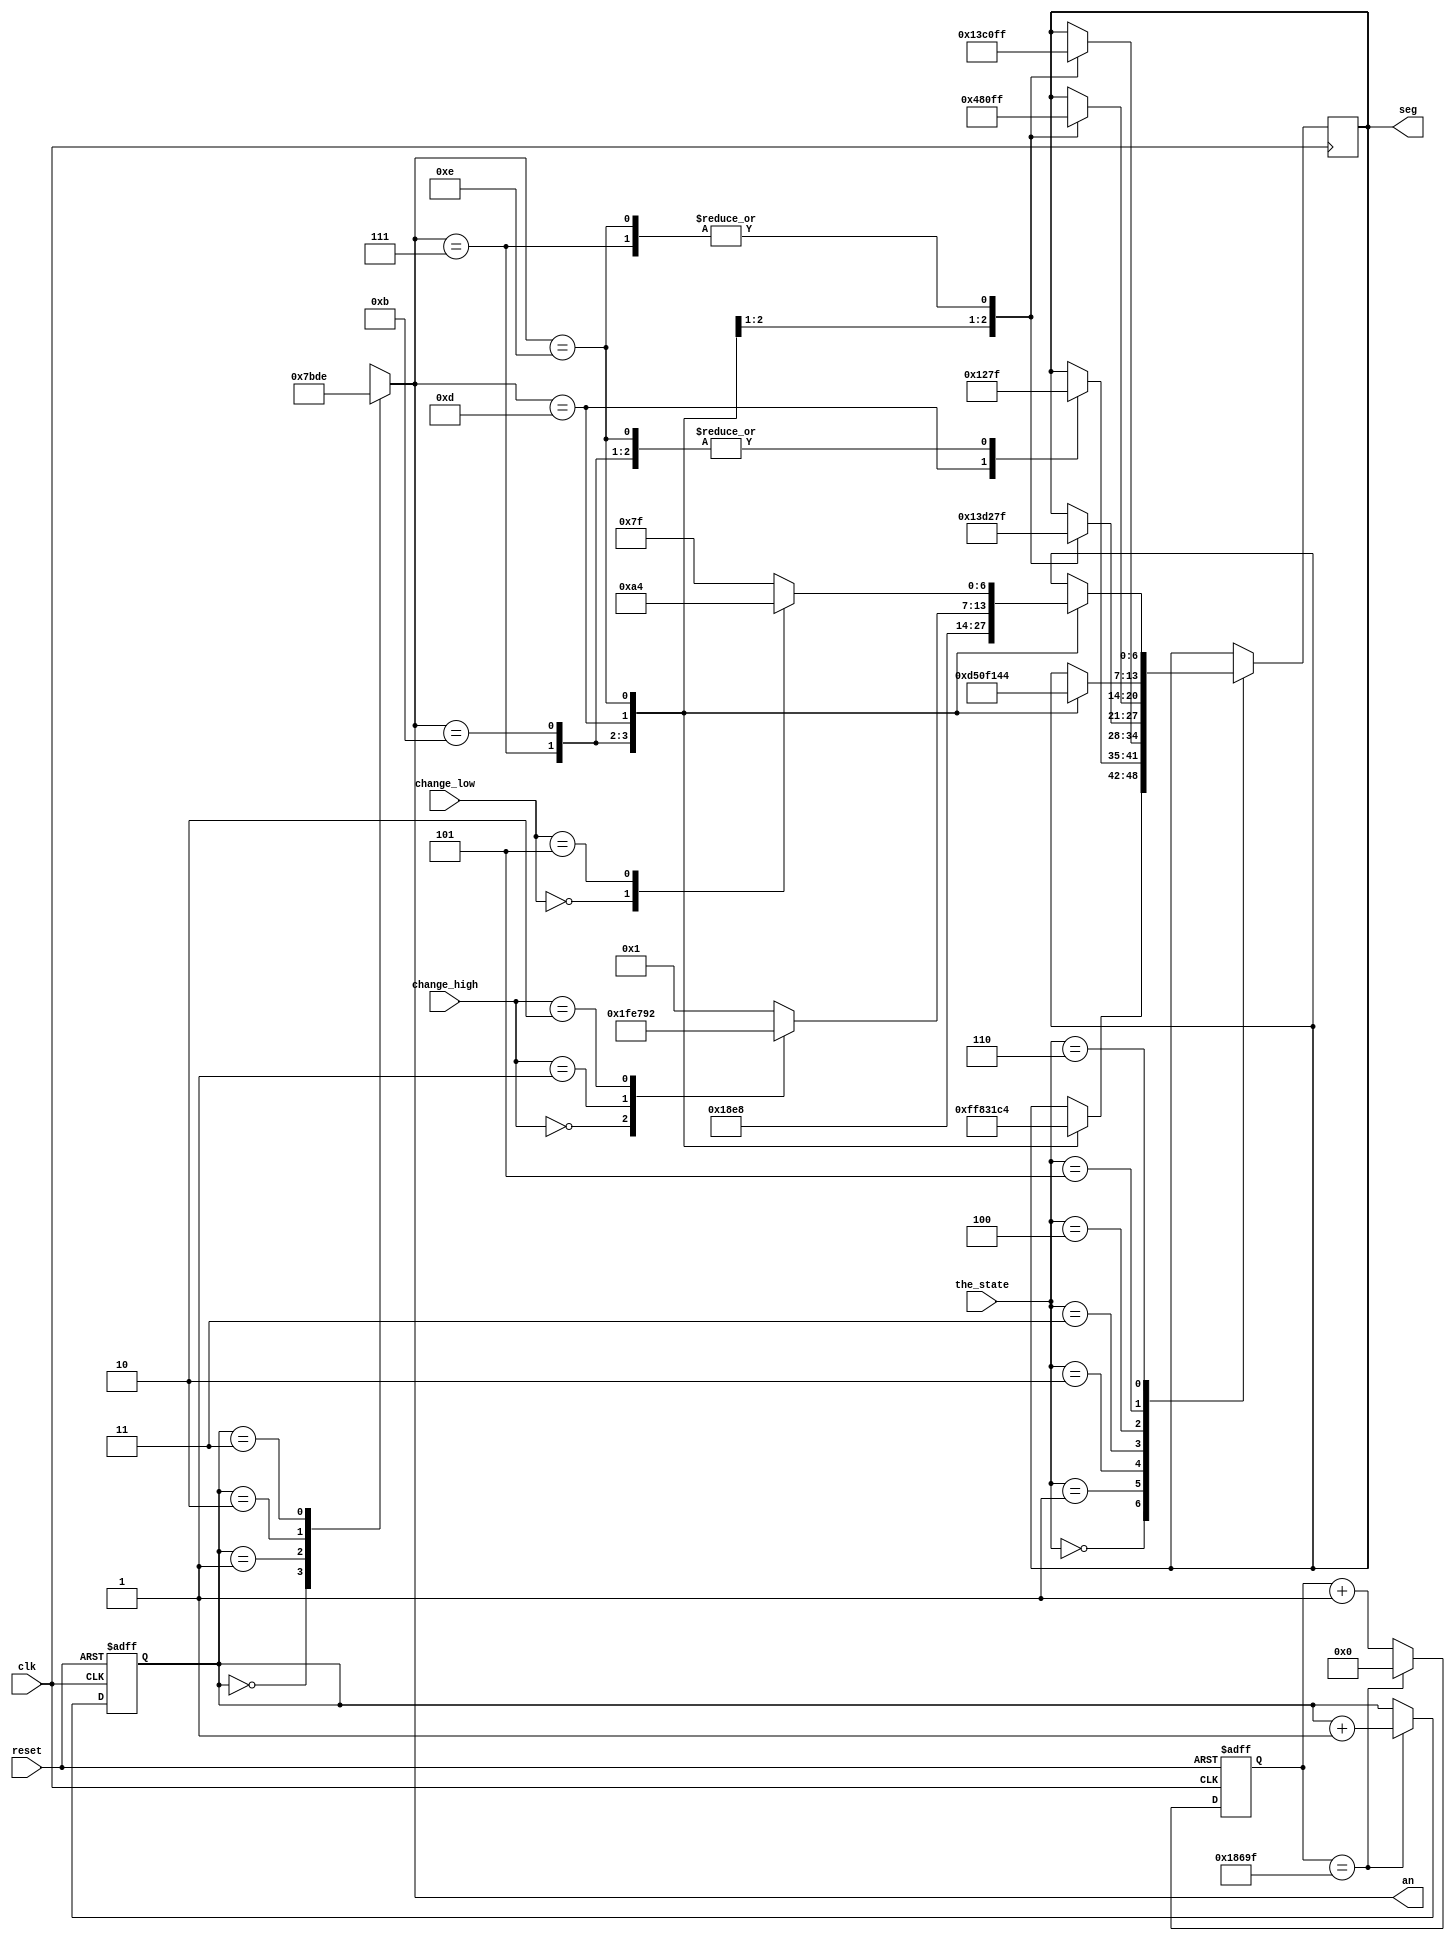
// This program was cloned from: https://github.com/FPGADude/Digital-Design
// License: GNU General Public License v3.0

`timescale 1ns / 1ps

module seg7_control(
    input clk,          // 100MHz
    input reset,
    input [1:0] change_high,
    input [3:0] change_low,
    input [2:0] the_state,
    output reg [0:6] seg,
    output reg [3:0] an
    );
    
    // Parameters for segment display values
    parameter NULL  = 7'b111_1111;  // Turn off all segments
    parameter ZERO  = 7'b000_0001;  // 0
    parameter ONE   = 7'b100_1111;  // 1
    parameter TWO   = 7'b001_0010;  // 2 
    parameter FIVE  = 7'b010_0100;  // 5
    parameter N     = 7'b110_1010;  // n
    parameter J     = 7'b100_0011;  // j
    parameter O     = 7'b110_0010;  // o
    parameter Y     = 7'b100_0100;  // y 
    parameter C     = 7'b011_0001;  // C
    parameter H     = 7'b110_1000;  // h
    parameter B     = 7'b110_0000;  // b
    parameter U     = 7'b110_0011;  // u
    
    
    reg [1:0] anode_select;
    reg [16:0] anode_timer;
    
    always @(posedge clk or posedge reset) begin
        if(reset) begin
            anode_select <= 0;
            anode_timer <= 0; 
        end
        else
            if(anode_timer == 99_999) begin
                anode_timer <= 0;
                anode_select <=  anode_select + 1;
            end
            else
                anode_timer <=  anode_timer + 1;
    end
    
    always @(anode_select) begin
        case(anode_select) 
            2'b00 : an = 4'b0111;
            2'b01 : an = 4'b1011;
            2'b10 : an = 4'b1101;
            2'b11 : an = 4'b1110;
        endcase
    end
    
    always @(posedge clk) begin
        case(the_state)
            3'b000 : begin   // Idle state
                      case(an)
                          4'b0111 : seg = NULL;
                          4'b1011 : seg = B;
                          4'b1101 : seg = U;
                          4'b1110 : seg = Y;
                      endcase
                    end
                    
            3'b001 : begin   // 5 cents state
                      case(an)
                          4'b0111 : seg = NULL;
                          4'b1011 : seg = NULL;
                          4'b1101 : seg = FIVE;
                          4'b1110 : seg = NULL;
                      endcase
                    end
            
            3'b010 : begin   // 10 cents state
                      case(an)
                          4'b0111 : seg = NULL;
                          4'b1011 : seg = ONE;
                          4'b1101 : seg = ZERO;
                          4'b1110 : seg = NULL;
                      endcase
                    end
                    
            3'b011 : begin   // 15 cents state
                      case(an)
                          4'b0111 : seg = NULL;
                          4'b1011 : seg = ONE;
                          4'b1101 : seg = FIVE;
                          4'b1110 : seg = NULL;
                      endcase
                    end
                    
            3'b100 : begin   // 20 cents state
                      case(an)
                          4'b0111 : seg = NULL;
                          4'b1011 : seg = TWO;
                          4'b1101 : seg = ZERO;
                          4'b1110 : seg = NULL;
                      endcase
                    end
                    
            3'b101 : begin   // 25 cents state
                      case(an)
                          4'b0111 : seg = N;
                          4'b1011 : seg = J;
                          4'b1101 : seg = O;
                          4'b1110 : seg = Y;
                      endcase
                    end
                    
            3'b110 : begin   // return change state
                      case(an)
                          4'b0111 : seg = C;
                          4'b1011 : seg = H;
                          4'b1101 : begin
                                        case(change_high)
                                            2'b00  : seg = NULL;
                                            2'b01  : seg = ONE;
                                            2'b10  : seg = TWO;
                                            default: seg = ZERO;
                                        endcase
                                    end
                          4'b1110 : begin
                                        case(change_low)
                                            4'b0000 : seg = ZERO;
                                            4'b0101 : seg = FIVE;
                                            default : seg = NULL;
                                        endcase
                                    end
                      endcase
                    end
        endcase
    end  
endmodule